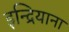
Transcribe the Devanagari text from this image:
इन्द्रियाना